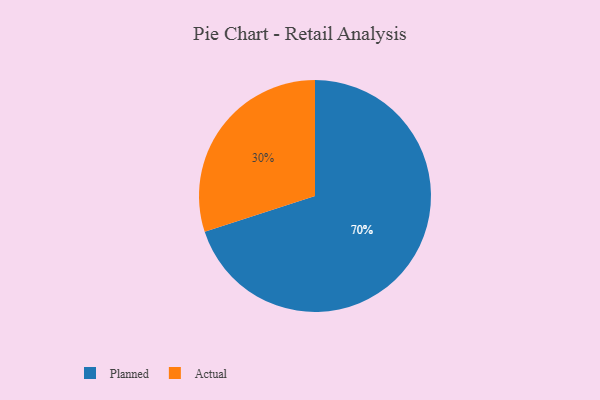
{"axis": {"x": "Category", "y": "Percentage"}, "legend": ["Actual", "Planned"], "data": [{"x": "Planned", "y": 70, "type": "Planned"}, {"x": "Actual", "y": 30, "type": "Actual"}]}